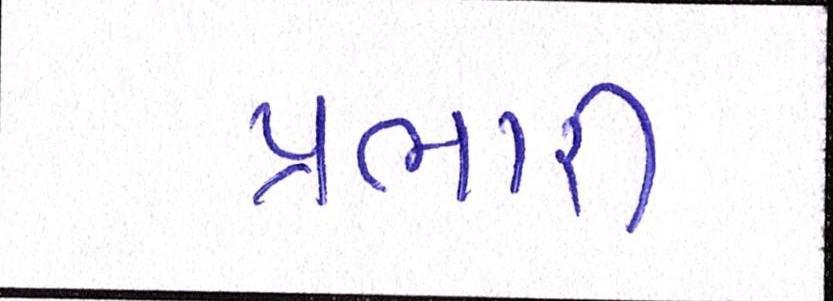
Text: પ્રભારી